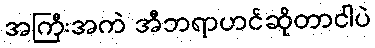
အကြီးအကဲ အီဘရာဟင်ဆိုတာငါပဲ